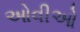
ઓવીઓ